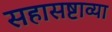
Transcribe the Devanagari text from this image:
सहासष्टाव्या